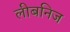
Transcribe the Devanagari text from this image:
लीबनिज